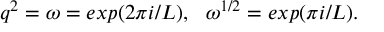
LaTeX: q ^ { 2 } = \omega = e x p ( 2 \pi i / L ) , ~ ~ \omega ^ { 1 / 2 } = e x p ( \pi i / L ) .